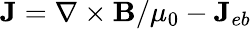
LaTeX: {\mathbf{J}}=\nabla\times{\mathbf{B}}/\mu_{0}-{\mathbf{J}}_{eb}